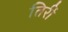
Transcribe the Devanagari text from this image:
तिरीं